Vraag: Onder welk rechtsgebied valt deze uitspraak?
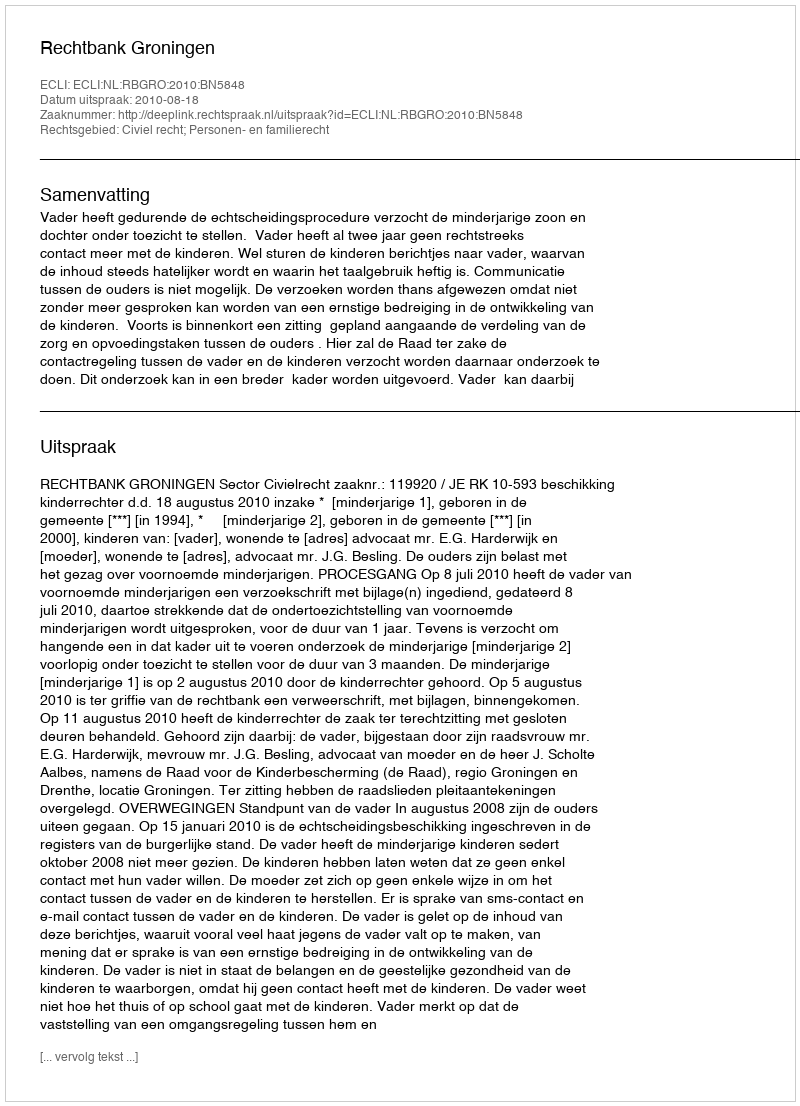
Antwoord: Civiel recht; Personen- en familierecht